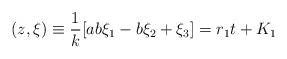
LaTeX: \begin{align*}(z, {\xi}) \equiv \frac{1}{k} [ab\xi_{1} - b\xi_{2} + \xi_{3}] = r_{1}t + K_{1}\end{align*}